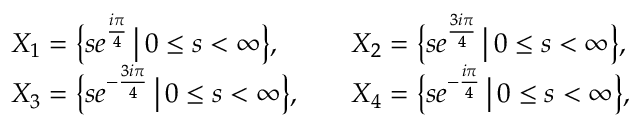
\begin{array} { r l r l } & { X _ { 1 } = \bigl \{ s e ^ { \frac { i \pi } { 4 } } \, \big | \, 0 \leq s < \infty \bigr \} , } & & { X _ { 2 } = \bigl \{ s e ^ { \frac { 3 i \pi } { 4 } } \, \big | \, 0 \leq s < \infty \bigr \} , } \\ & { X _ { 3 } = \bigl \{ s e ^ { - \frac { 3 i \pi } { 4 } } \, \big | \, 0 \leq s < \infty \bigr \} , } & & { X _ { 4 } = \bigl \{ s e ^ { - \frac { i \pi } { 4 } } \, \big | \, 0 \leq s < \infty \bigr \} , } \end{array}